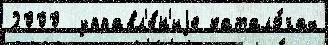
2000  управл'е́н'иjе катало́гах